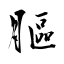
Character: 膒